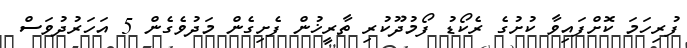
ފުރިހަމަ ކޮށްފައިވާ ކުށުގެ ރެކޯޑު ފޯމުދޫކުރި ތާރީޚުން ފެށިގެން މަދުވެގެން 5 އަހަރުދުވަސް